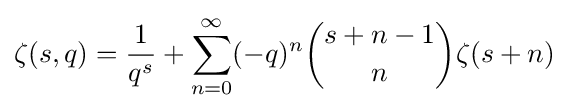
\zeta (s,q)={\frac {1}{q^{s}}}+\sum _{n=0}^{\infty }(-q)^{n}{s+n-1 \choose n}\zeta (s+n)